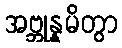
အဗ္ဘုန္နမိတွာ